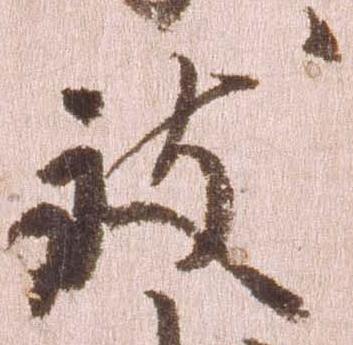
致